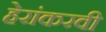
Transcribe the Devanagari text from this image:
हेरांकरवी